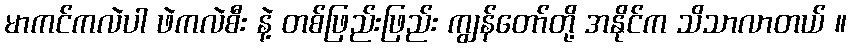
မာကင်ကလဲပါ ဖဲကလဲစီး နဲ့ တစ်ဖြည်းဖြည်း ကျွန်တော်တို့ အနိုင်က သိသာလာတယ် ။